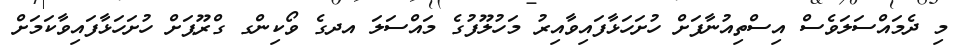
މި ދެމައްސަލަވެސް އިސްތިއުނާފަށް ހުށަހަޅާފައިވާއިރު މަހުލޫފުގެ މައްސަލަ އދގެ ވޯކިންގ ގްރޫޕަށް ހުށަހަޅާފައިވާކަމަށް